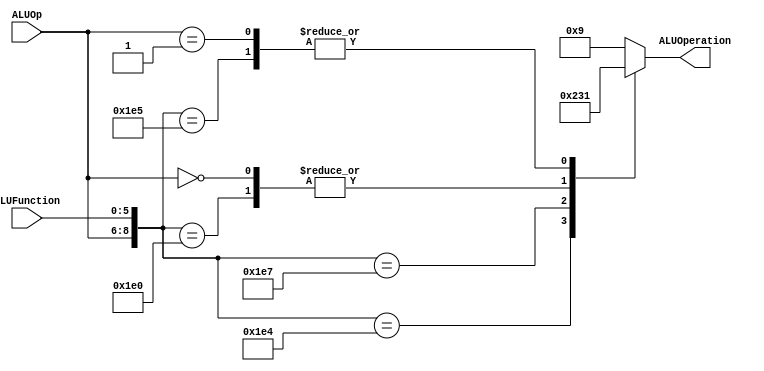
module ALUControl
(
	input [2:0] ALUOp,
	input [5:0] ALUFunction,
	output [3:0] ALUOperation

);

localparam R_Type_AND    = 9'b111_100100;
localparam R_Type_OR     = 9'b111_100101;
localparam R_Type_NOR    = 9'b111_100111;
localparam R_Type_ADD    = 9'b111_100000;
localparam I_Type_ADDI   = 9'b100_xxxxxx;
localparam I_Type_ORI    = 9'b101_xxxxxx;
localparam R_Type_SUB	 = 9'b111_100010;
localparam R_Type_SLL	 = 9'b111_000000;
localparam R_Type_SRL	 = 9'b111_000010;
localparam I_Type_ADDI   = 9'b000_xxxxxx;
localparam I_Type_ORI    = 9'b001_xxxxxx;
localparam I_Type_LUI	 = 9'b010_xxxxxx;
localparam I_Type_ANDI	 = 9'b011_xxxxxx;
localparam I_Type_BEQ	 = 9'b100_xxxxxx;
localparam I_Type_LW		 = 9'b101_xxxxxx;
localparam I_Type_SW		 = 9'b110_xxxxxx;


reg [3:0] ALUControlValues;
wire [8:0] Selector;

assign Selector = {ALUOp, ALUFunction};

always@(Selector)begin
	casex(Selector)
		R_Type_AND:    ALUControlValues = 4'b0000;
		R_Type_OR: 		ALUControlValues = 4'b0001;
		R_Type_NOR:    ALUControlValues = 4'b0010;
		R_Type_ADD:    ALUControlValues = 4'b0011;
		I_Type_ADDI:   ALUControlValues = 4'b0011;
		I_Type_ORI:    ALUControlValues = 4'b0001;
		default: ALUControlValues = 4'b1001;
	endcase
end


assign ALUOperation = ALUControlValues;

endmodule